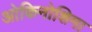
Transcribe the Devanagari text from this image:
ओकिनोशिमा